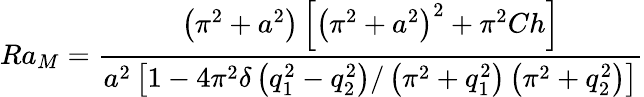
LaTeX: Ra_{M}=\frac{\left(\pi^{2}+a^{2}\right)\left[\left(\pi^{2}+a^{2}\right)^{2}+\pi^{2}Ch\right]}{a^{2}\left[1-4\pi^{2}\delta\left(q_{1}^{2}-q_{2}^{2}\right)/\left(\pi^{2}+q_{1}^{2}\right)\left(\pi^{2}+q_{2}^{2}\right)\right]}